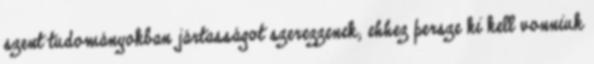
szent tudományokban jártasságot szerezzenek; ehhez persze ki kell vonniuk